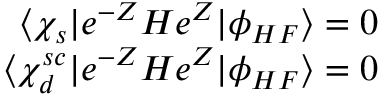
\begin{array} { r } { \langle \chi _ { s } | e ^ { - Z } H e ^ { Z } | \phi _ { H F } \rangle = 0 } \\ { \langle \chi _ { d } ^ { s c } | e ^ { - Z } H e ^ { Z } | \phi _ { H F } \rangle = 0 } \end{array}